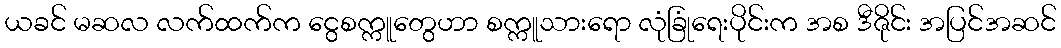
ယခင် မဆလ လက်ထက်က ငွေစက္ကူတွေဟာ စက္ကူသားရော လုံခြုံရေးပိုင်းက အစ ဒီဇိုင်း အပြင်အဆင်